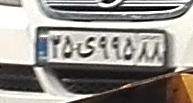
۳۵ی۹۹۵۸۸